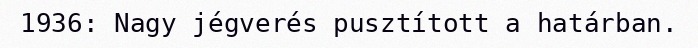
1936: Nagy jégverés pusztított a határban.